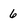
Character: 6